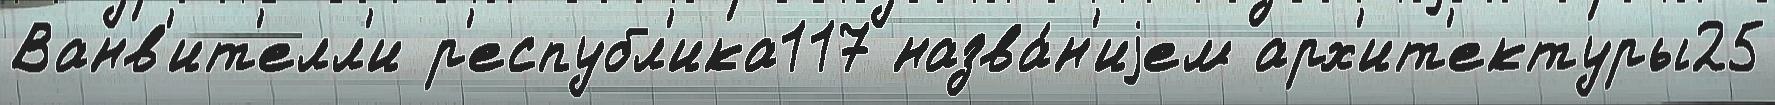
Ванв'ит'елл'и р'еспубл'ика117 назва́н'иjем арх'ит'ектуры25